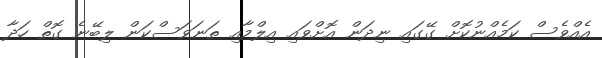
އެއްވެސް ކަމެއްނުކޮށް ގޭގައި ނިދަން އޮށްވައި އިލްމާއި ތަނަވަސްކަން ލިބޭނެ ގޮތް ހަދާ